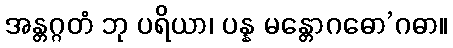
အန္တဂ္ဂတံ ဘု ပရိယာ၊ ပန္န မန္တောဂဓော’ဂဓာ။